画像に写った文字を読んでください
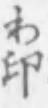
「わ印」と書いてあります